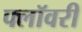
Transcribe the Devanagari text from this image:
फ्लॉवरी